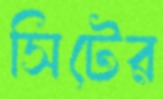
সিটের